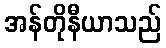
အန်တိုနီယာသည်